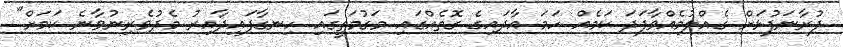
ފުރާނަފުޅަށް ގެއްލުމެއްވާފަދަ ކަމެއް ހަމަ އާދައިގެ ގޮތެއްގައި މަގުމަތީގައި ހިނގާފައިދާއިރު މެދުވެރިނުވާނެ ކަމަށް"